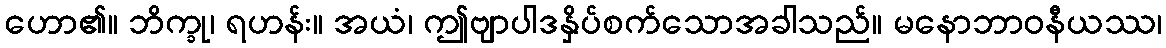
ဟော၏။ ဘိက္ခု၊ ရဟန်း။ အယံ၊ ဤဗျာပါဒနှိပ်စက်သောအခါသည်။ မနောဘာဝနီယဿ၊